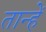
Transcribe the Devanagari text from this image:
तान्हें